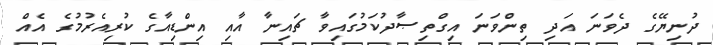
ދުނިޔޭގެ ދެވަނަ އަދި ތިންވަނަ އިގްތިޞާދުކަމުގައިވާ ޗައިނާ އާއި އިންޑިއާގެ ކުރިއެރުމުގެ އެއް